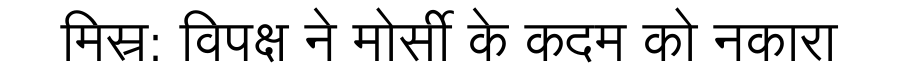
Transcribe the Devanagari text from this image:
मिस्र: विपक्ष ने मोर्सी के कदम को नकारा